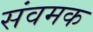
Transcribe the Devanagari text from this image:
संवमक